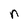
Character: n